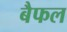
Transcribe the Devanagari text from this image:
बैफल